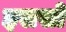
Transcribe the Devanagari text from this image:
इससो